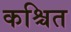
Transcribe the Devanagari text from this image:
कश्चित